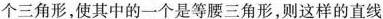
个三角形，使其中的一个是等腰三角形，则这样的直线